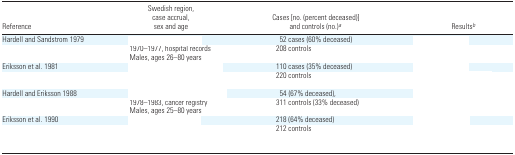
<table><thead><tr><td><b>Reference</b></td><td><b>Swedish region, case accrual, sex and age</b></td><td><b>Cases [no. (percent deceased)] and controls (no.)a</b></td><td><b>Resultsb</b></td></tr></thead><tbody><tr><td>Hardell and Sandstrom 1979</td><td>[EMPTY_CELL]</td><td>52 cases (60% deceased)</td><td>[EMPTY_CELL]</td></tr><tr><td>[EMPTY_CELL]</td><td>1970–1977, hospital records Males, ages 26–80 years</td><td>208 controls</td><td>[EMPTY_CELL]</td></tr><tr><td>Eriksson et al. 1981</td><td>[EMPTY_CELL]</td><td>110 cases (35% deceased)</td><td>[EMPTY_CELL]</td></tr><tr><td>[EMPTY_CELL]</td><td>[EMPTY_CELL]</td><td>220 controls</td><td>[EMPTY_CELL]</td></tr><tr><td>Hardell and Eriksson 1988</td><td>[EMPTY_CELL]</td><td>54 (67% deceased),</td><td>[EMPTY_CELL]</td></tr><tr><td>[EMPTY_CELL]</td><td>1978–1983, cancer registry Males, ages 25–80 years</td><td>311 controls (33% deceased)</td><td>[EMPTY_CELL]</td></tr><tr><td>Eriksson et al. 1990</td><td>[EMPTY_CELL]</td><td>218 (64% deceased)</td><td>[EMPTY_CELL]</td></tr><tr><td>[EMPTY_CELL]</td><td>[EMPTY_CELL]</td><td>212 controls</td><td>[EMPTY_CELL]</td></tr></tbody></table>